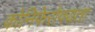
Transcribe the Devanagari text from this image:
कोनिफेरोफ्यता